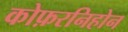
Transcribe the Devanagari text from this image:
कोफ़रनिहोन